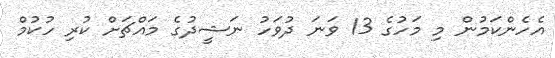
އެހެންކަމުން މި މަހުގެ 13 ވަނަ ދުވަހު ނަޝީދުގެ މައްޗަށް ކުރި ހުކުމް